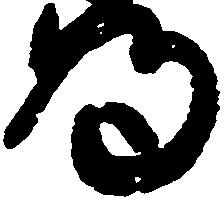
為